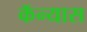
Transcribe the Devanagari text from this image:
कॅन्यास